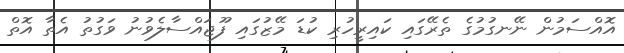
އޮއްސަމުން ނޭނގުމުގެ ތެރޭގައި ކައިރީހުރި ކުޑަ މޭޒުގައި ފޫޖައްސާލެވުނު ވަގުތު އެތާ އޮތް